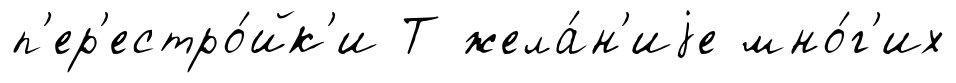
п'ер'естро́йк'и Т жела́н'иjе мно́г'их